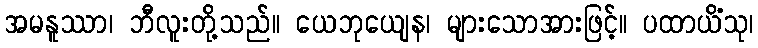
အမနူဿာ၊ ဘီလူးတို့သည်။ ယေဘုယျေန၊ များသောအားဖြင့်။ ပထာယိံသု၊